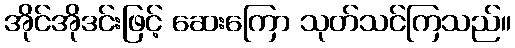
အိုင်အိုဒင်းဖြင့် ဆေးကြော သုတ်သင်ကြသည်။